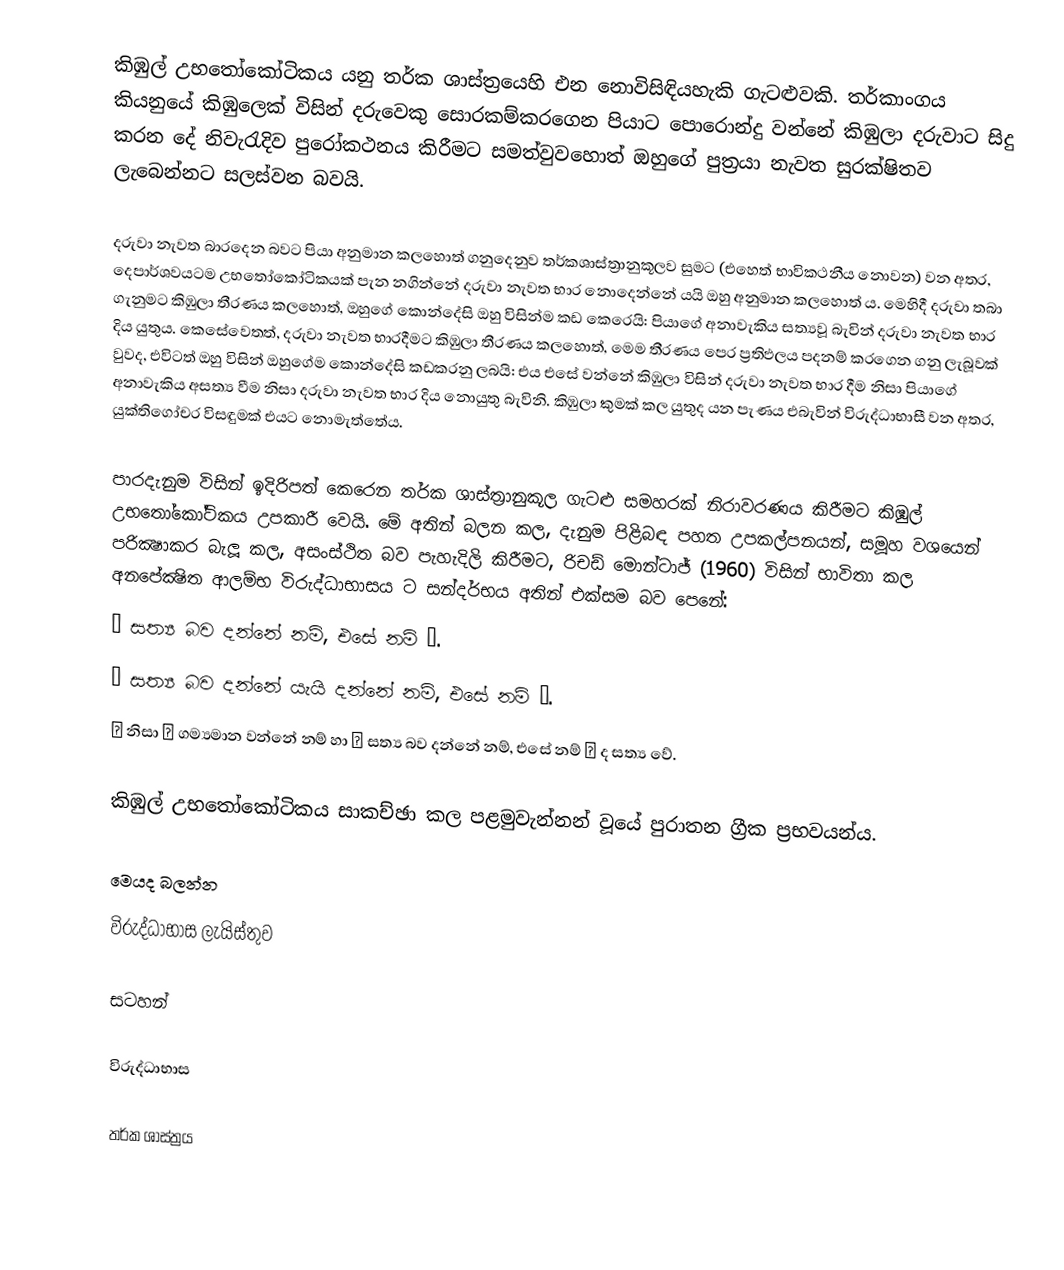
කිඹුල් උභතෝකෝටිකය යනු  තර්ක ශාස්ත්‍රයෙහි එන නොවිසිඳියහැකි ගැටළුවකි. තර්කාංගය කියනුයේ කිඹුලෙක් විසින් දරුවෙකු සොරකම්කරගෙන පියාට පොරොන්දු වන්නේ කිඹුලා දරුවාට සිදු කරන දේ  නිවැරැදිව පුරෝකථනය කිරීමට සමත්වුවහොත් ඔහුගේ පුත්‍රයා නැවත සුරක්ෂිතව ලැබෙන්නට සලස්වන බවයි.

දරුවා නැවත බාරදෙන බවට පියා අනුමාන කලහොත් ගනුදෙනුව තර්කශාස්ත්‍රානුකූලව සුමට (එහෙත් භාවිකථනීය නොවන) වන අතර, දෙපාර්ශවයටම උභතෝකෝටිකයක් පැන නගින්නේ  දරුවා නැවත භාර නොදෙන්නේ යයි ඔහු අනුමාන කලහොත් ය. මෙහිදී දරුවා තබා ගැනුමට කිඹුලා තීරණය කලහොත්, ඔහුගේ කොන්දේසි ඔහු විසින්ම කඩ කෙරෙයි: පියාගේ අනාවැකිය සත්‍යවූ බැවින් දරුවා නැවත භාර දිය යුතුය. කෙසේවෙතත්, දරුවා නැවත භාරදීමට කිඹුලා තීරණය කලහොත්, මෙම තීරණය පෙර ප්‍රතිඵලය පදනම් කරගෙන ගනු ලැබූවක් වුවද, එවිටත් ඔහු විසින් ඔහුගේම කොන්දේසි කඩකරනු ලබයි: එය එසේ වන්නේ කිඹුලා විසින් දරුවා නැවත භාර දීම නිසා පියාගේ අනාවැකිය අසත්‍ය වීම නිසා දරුවා නැවත භාර දිය නොයුතු බැවිනි. කිඹුලා කුමක් කල යුතුද යන පැණය එබැවින් විරුද්ධාභාසී වන අතර, යුක්තිගෝචර  විසඳුමක් එයට නොමැත්තේය.

පාරදැනුම විසින් ඉදිරිපත් කෙරෙන තර්ක ශාස්ත්‍රානුකූල ගැටළු සමහරක් නිරාවරණය කිරීමට කිඹුල් උභතෝකෝටිකය උපකාරී වෙයි. මේ අතින් බලන කල, දැනුම පිළිබඳ පහත උපකල්පනයන්,   සමූහ වශයෙන් පරික්‍ෂාකර බැලූ කල, අසංස්ථිත බව පැහැදිලි කිරීමට,  රිචඩ් මොන්ටාජ් (1960) විසින් භාවිතා කල  අනපේක්‍ෂිත ආලම්භ විරුද්ධාභාසය ට සන්දර්භය අතින් එක්සම බව පෙනේ:
 ρ සත්‍ය බව දන්නේ නම්, එසේ නම් ρ.
 ρ සත්‍ය බව දන්නේ යැයි දන්නේ නම්, එසේ නම් ρ.
 ρ නිසා σ ගම්‍යමාන වන්නේ නම් හා ρ සත්‍ය බව දන්නේ නම්, එසේ නම් σ ද සත්‍ය වේ.

කිඹුල් උභතෝකෝටිකය සාකච්ඡා කල පළමුවැන්නන් වූයේ පුරාතන ග්‍රීක ප්‍රභවයන්ය.

මෙයද බලන්න
විරුද්ධාභාස ලැයිස්තුව

සටහන්

විරුද්ධාභාස

තර්ක ශාස්ත්‍රය